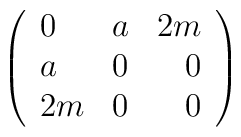
\left( \begin{array}{lcr}0 & a & 2m \\ a & 0 & 0 \\ 2m & 0 & 0 \end{array}\right)